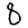
Digit: 8